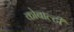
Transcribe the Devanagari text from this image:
कोबाल्टी